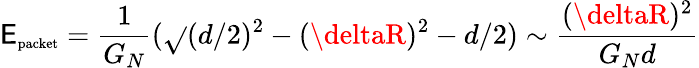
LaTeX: \mathsf{E}_{\textup{{\scriptsize{packet}}}}=\frac{{1}}{{G_{N}}}(\sqrt{}{{(d/2)^{2}-(\deltaR)^{2}}}-d/2)\sim\frac{{(\deltaR)^{2}}}{{G_{N}d}}